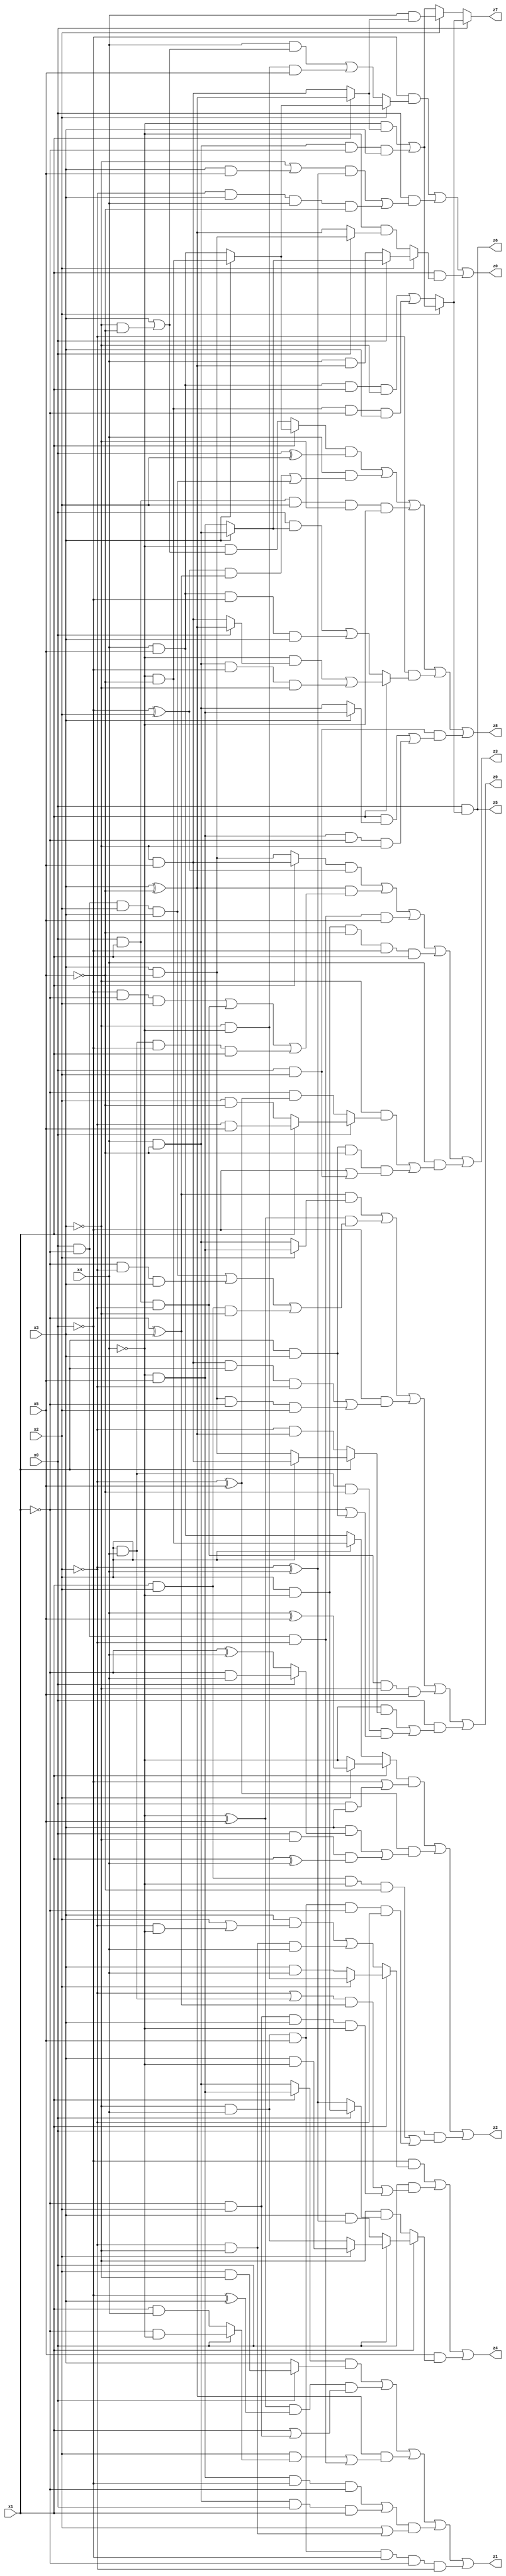
// Benchmark "X_51" written by ABC on Mon Jun 05 19:54:01 2023

module X_51 ( 
    x0, x1, x2, x3, x4, x5,
    z0, z1, z2, z3, z4, z5, z6, z7, z8, z9  );
  input  x0, x1, x2, x3, x4, x5;
  output z0, z1, z2, z3, z4, z5, z6, z7, z8, z9;
  assign z0 = (~x0 & (x2 ? (x3 ? (~x4 & ~x5) : (x4 & x5)) : ((x4 & (x3 | (~x3 & ~x5))) | (~x3 & ~x4 & x5)))) | (x0 & (((~x3 | (x3 & x5)) & (~x2 ^ x4)) | (~x2 & x3 & x4 & ~x5))) | (x1 & (x2 ? (x0 ? (x3 ? (x4 & ~x5) : (~x4 & x5)) : (x4 & (x3 ^ ~x5))) : (~x4 & (x0 ? (x3 & ~x5) : (x3 ^ ~x5)))));
  assign z1 = ((x1 ? (~x4 & x5) : (x4 & ~x5)) & (x0 ? (x2 & ~x3) : x3)) | ((~x4 ^ x5) & (~x0 ^ x3) & (x1 | (~x1 & x2))) | ((x3 ^ ~x5) & ((x2 & (x0 ? (~x1 & ~x4) : (x1 & x4))) | (x0 & ~x1 & ~x2))) | (((~x4 & x5 & ~x0 & ~x1) | (x4 & ~x5 & x0 & x1)) & (x2 | (~x2 & ~x3))) | (~x3 & x4 & x5 & ~x0 & ~x1 & ~x2);
  assign z2 = ((x1 ? (x2 ? (x4 ^ x5) : ~x4) : (x2 ? (~x4 & ~x5) : (x4 & x5))) & (~x0 | (x0 & x3))) | ((~x2 ^ x5) & ((x3 & (x0 ? (~x1 & x4) : (~x1 ^ x4))) | (x0 & ~x3 & (x1 ^ x4)))) | (x0 & ((x1 & x2 & ~x4 & ~x5) | (~x3 & x4 & x5 & ~x1 & ~x2)));
  assign z3 = ((x1 ? (~x3 & x5) : (x3 & ~x5)) & (~x0 ^ x2)) | ((x3 ^ ~x5) & ((~x0 & ~x1 & x2) | (x0 & x1 & ~x2) | (x2 & x4 & ~x0 & x1))) | (x0 & ~x1 & ~x2 & x5) | (x2 & ~x4 & ~x5 & ~x0 & x1) | (x4 & ((~x3 & (x0 ? (x1 ? (~x2 & x5) : (x2 & ~x5)) : (~x1 & (~x2 ^ x5)))) | (x1 & x3 & ~x5 & (~x0 | (x0 & x2)))));
  assign z4 = (~x0 & (x1 ? (x2 ? (~x3 & ~x4) : (x3 & x4)) : ((x3 & (x2 | (~x2 & ~x4))) | (~x2 & ~x3 & x4)))) | (x0 & (((~x2 | (x2 & x4)) & (~x1 ^ x3)) | (~x1 & x2 & x3 & ~x4))) | (x5 & (x1 ? (x0 ? (x2 ? (x3 & ~x4) : (~x3 & x4)) : (x3 & (~x2 ^ x4))) : (~x3 & (x0 ? (x2 & ~x4) : (~x2 ^ x4)))));
  assign z5 = x0 & (x2 ? ((~x4 & (x1 ? (x3 ^ ~x5) : (~x3 & x5))) | (x4 & ~x5 & ~x1 & x3)) : ((x4 & x5 & x1 & ~x3) | (~x4 & ~x5 & ~x1 & x3)));
  assign z6 = x0 & (x2 ? ((~x4 & (x1 ? (x3 ^ ~x5) : (~x3 & x5))) | (x4 & ~x5 & ~x1 & x3)) : ((x4 & x5 & x1 & ~x3) | (~x4 & ~x5 & ~x1 & x3)));
  assign z7 = x0 ? (x2 ? ((~x4 & (x1 ? (x3 ^ ~x5) : (~x3 & x5))) | (x4 & ~x5 & ~x1 & x3)) : ((x4 & x5 & x1 & ~x3) | (~x4 & ~x5 & ~x1 & x3))) : (x2 ? (x4 & (x1 ? (x3 ^ ~x5) : (~x3 & x5))) : ((~x4 & (x1 ? (x3 ^ ~x5) : (~x3 & x5))) | (x4 & ~x5 & ~x1 & x3)));
  assign z8 = ((x1 ? (x3 ? (~x4 & ~x5) : (x4 & x5)) : (~x4 & (x3 | (~x3 & ~x5)))) & (x0 ^ x2)) | (x4 & (((~x0 ^ x2) & (~x1 ^ x3)) | (x0 & ~x1 & x2 & x3))) | (x0 & x1 & x2 & ~x3 & ~x4) | (~x2 & (x1 ? ((~x4 & (x0 ? (x3 ^ ~x5) : (~x3 & x5))) | (x4 & ~x5 & ~x0 & ~x3)) : ((x0 & (x3 ? (x4 & ~x5) : (~x4 & x5))) | (x4 & x5 & ~x0 & x3)))) | (x0 & x2 & ((x1 & (x3 ? (~x4 & x5) : (x4 & ~x5))) | (~x4 & x5 & ~x1 & ~x3)));
  assign z9 = ((~x1 ^ x3) & (x2 ? (~x4 & x5) : (x4 & ~x5))) | ((~x4 ^ x5) & ((x0 & ~x1 & x2 & x3) | (~x1 & ~x2 & x3) | (x1 & x2 & ~x3))) | (~x0 & ((~x3 & x5 & x1 & ~x2) | (x3 & ~x5 & ~x1 & x2))) | (x0 & x1 & ~x2 & ~x3 & x5) | (x0 & ((~x4 & (x1 ? (x2 ? (~x3 & x5) : (x3 & ~x5)) : (~x2 & (x3 ^ ~x5)))) | (x2 & x4 & ~x5 & (~x1 | (x1 & x3)))));
endmodule